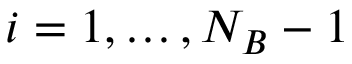
i = 1 , \dots , N _ { B } - 1